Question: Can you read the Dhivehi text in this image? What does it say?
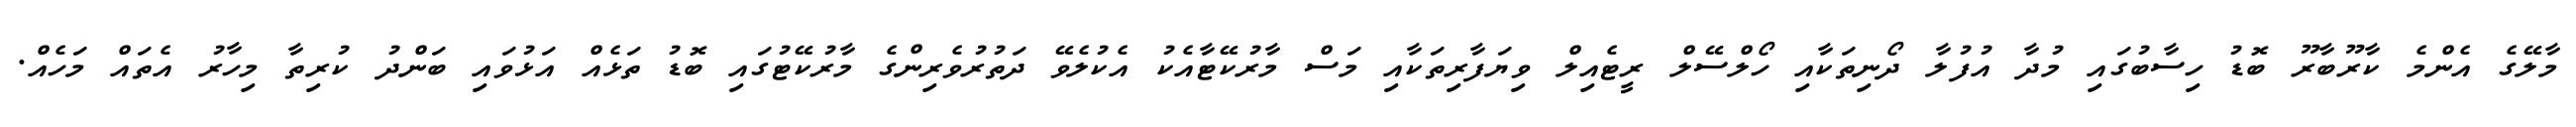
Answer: މާލޭގެ އެންމެ ކާރޫބާރޫ ބޮޑު ހިސާބުގައި މުދާ އުފުލާ ދޯނިތަކާއި ހޯލްސޭލް ރީޓެއިލް ވިޔަފާރިތަކާއި މަސް މާރުކޭޓާއެކު އެކުލެވޭ ދަތުރުވެރިންގެ މާރުކޭޓުގައި ބޮޑު ތަޅެއް އަޅުވައި ބަންދު ކުރިތާ މިހާރު އެތައް މަހެއް.